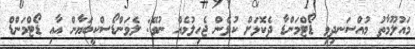
މައުލޫމާތު މުއްސަނދިވި ޑޯޓްމަންޑާ ދެކޮޅަށް ކުޅެން ޖެހިލުމެއް ނުވޭ: ލެވަންޑޯސްކީބަޔާން އާއި ޑޯޓްމަންޑް